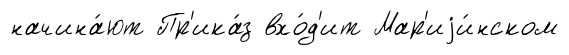
начина́ют Пр'ика́з вхо́д'ит Мар'иjи́нском